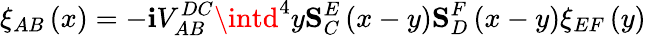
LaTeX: \xi_{AB}\left(x\right)=-\mathbf{i}V_{AB}^{DC}\intd^{4}y\mathbf{{S}}_{C}^{E}\left(x-y\right)\mathbf{{S}}_{D}^{F}\left(x-y\right)\xi_{EF}\left(y\right)